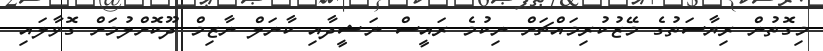
މިގޮތުން ރިޔާސަތުގެ މޭޒުކުރިމައްޗަށް ނިކުމެ ރައީސް ނަޝީދާއި ކާނަލް ނާޒިމް ދޫކޮށްލުމަށް ގޮވާލައި